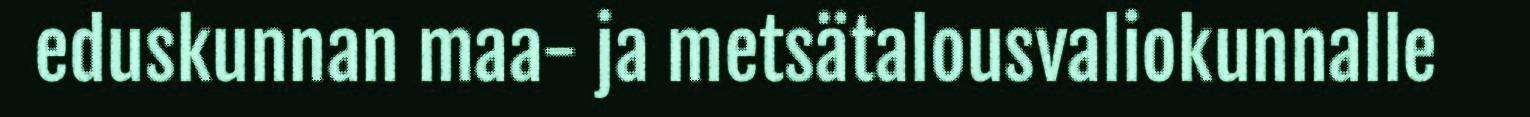
eduskunnan maa- ja metsätalousvaliokunnalle